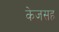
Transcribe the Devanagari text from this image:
केजसह